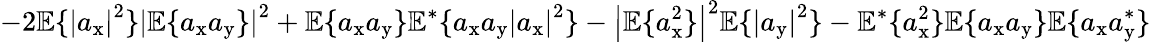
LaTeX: -2\mathbb{E}\{ \left|a_{\mathrm{x}}\right|^{2}\} \left|\mathbb{E}\{ a_{\mathrm{x}}a_{\mathrm{y}}\} \right|^{2}+\mathbb{E}\{ a_{\mathrm{x}}a_{\mathrm{y}}\} \mathbb{E}^{*}\{ a_{\mathrm{x}}a_{\mathrm{y}}\left|a_{\mathrm{x}}\right|^{2}\} -\left|\mathbb{E}\{ a_{\mathrm{x}}^{2}\} \right|^{2}\mathbb{E}\{ \left|a_{\mathrm{y}}\right|^{2}\} -\mathbb{E}^{*}\{ a_{\mathrm{x}}^{2}\} \mathbb{E}\{ a_{\mathrm{x}}a_{\mathrm{y}}\} \mathbb{E}\{ a_{\mathrm{x}}a_{\mathrm{y}}^{*}\}